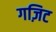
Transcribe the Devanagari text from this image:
गज़िट